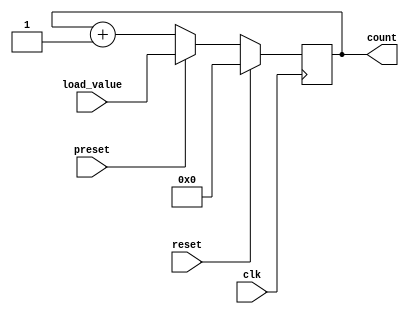

module counter(
        input clk, reset,
        input [7:0]load_value,
        input preset,
        output [7:0] count
);
    reg [7:0] counter_up;
    reg [30:0] clk_counter;
    /*always@(posedge clk)
    begin
        if(clk_counter == 100000000) 
            clk_counter <=0;
         else
            clk_counter <= clk_counter +1'b1;
     end*/
    always@(posedge clk)
        begin
            if(reset)
                counter_up <= 8'b0;            //when reset is set high counter value is set to zero
            else if(preset)
                counter_up <= load_value;        //preset value loads the set value and the counter resumes counting from that number
            else 
                counter_up <= counter_up +1;    //incremental of value every positive edge of cycle
        end
        assign count = counter_up;        //output count receives reg value of counter_up
endmodule